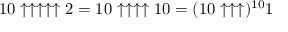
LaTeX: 1 0 \uparrow \uparrow \uparrow \uparrow \uparrow 2 = 1 0 \uparrow \uparrow \uparrow \uparrow 1 0 = ( 1 0 \uparrow \uparrow \uparrow ) ^ { 1 0 } 1